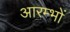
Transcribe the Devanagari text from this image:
आरम्भों